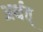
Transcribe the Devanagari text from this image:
अर्थत्